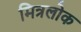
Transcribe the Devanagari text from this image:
मित्रलोक